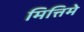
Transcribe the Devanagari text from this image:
मित्तिमे